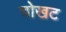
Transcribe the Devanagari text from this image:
चोखट